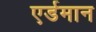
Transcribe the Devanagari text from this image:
एर्डमान